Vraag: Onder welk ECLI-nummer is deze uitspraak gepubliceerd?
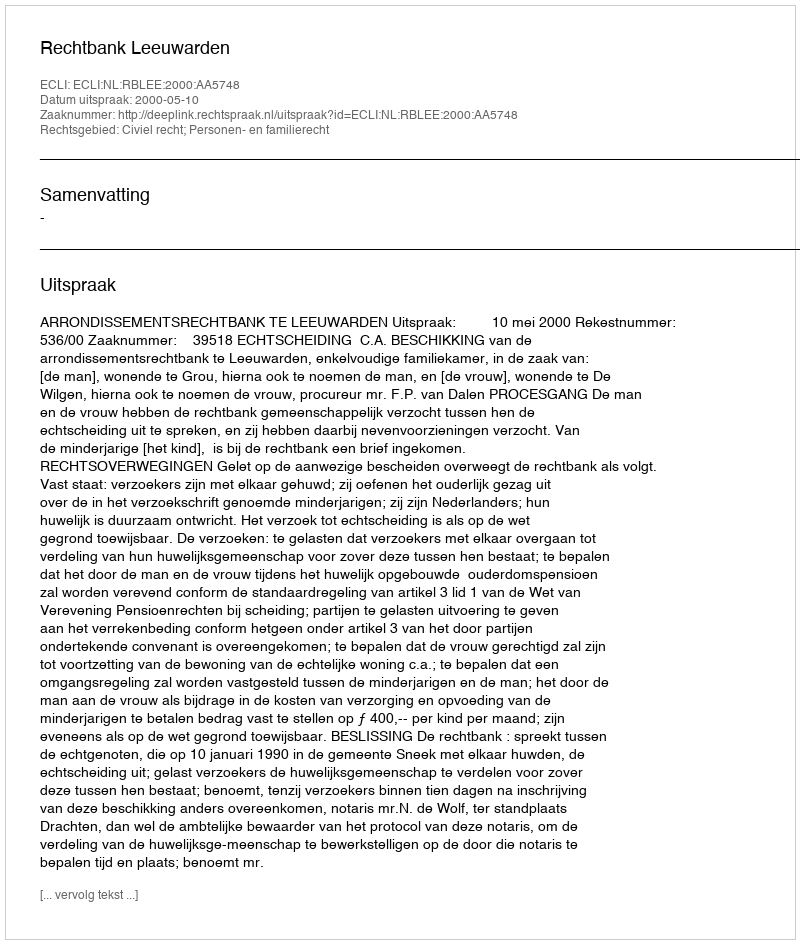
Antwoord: ECLI:NL:RBLEE:2000:AA5748